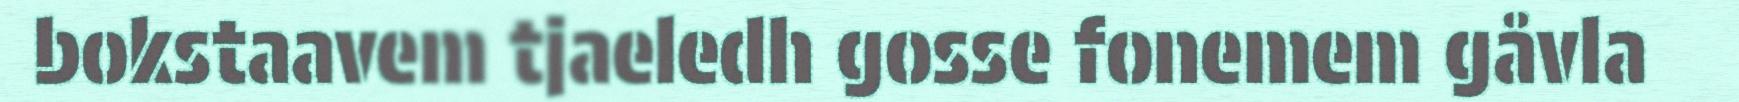
bokstaavem tjaeledh gosse fonemem gåvla